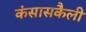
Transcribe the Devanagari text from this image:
कंसासकैली